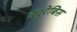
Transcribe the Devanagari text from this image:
ड्यूरेबिस